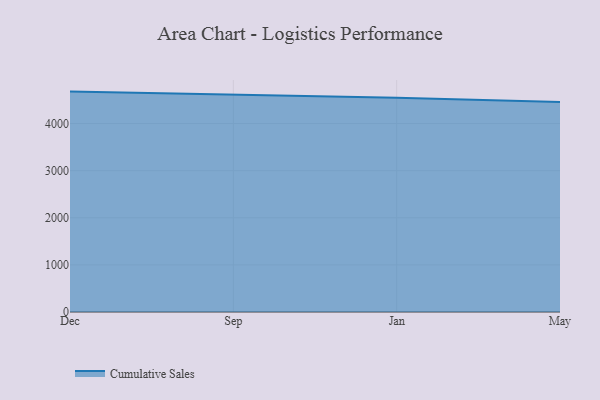
{"axis": {"x": "Month", "y": "Latency (ms)"}, "legend": ["Cumulative Sales"], "data": [{"x": "Dec", "y": 4678.0, "type": "Cumulative Sales"}, {"x": "Sep", "y": 4616.7, "type": "Cumulative Sales"}, {"x": "Jan", "y": 4548.3, "type": "Cumulative Sales"}, {"x": "May", "y": 4457.9, "type": "Cumulative Sales"}]}